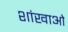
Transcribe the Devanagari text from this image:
शांखाओं